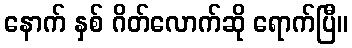
နောက် နှစ် ဂိတ်လောက်ဆို ရောက်ပြီ။